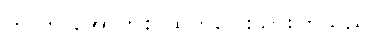
ကွ ဟု အော်ဟစ် ထွက်ပြေးသွားကြသည်။